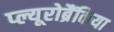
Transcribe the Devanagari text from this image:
प्ल्यूरोब्रैंकिया